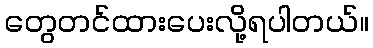
တွေတင်ထားပေးလို့ရပါတယ်။